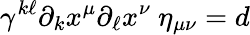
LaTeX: \gamma^{k\ell}\partial_{k}x^{\mu}\partial_{\ell}x^{\nu}~\eta_{\mu\nu}=d